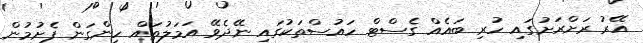
އޭރު ރަށްރަށުގައި ހުރި ބައެއް ގެސްޓް ހައުސްތަކުގައި ނޭދެވޭ އަމަލުތައް ހިންގަން ފެށުމުން